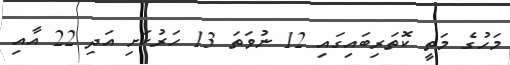
މަހުގެ މަތީ ކޮތަރިބައިގައި 12 ނުވަތަ 13 ހަރުކަށި އަދި 22 އާއި